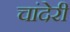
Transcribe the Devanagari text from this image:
चांदेरी